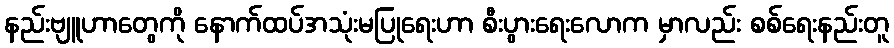
နည်းဗျူဟာတွေကို နောက်ထပ်အသုံးမပြုရေးဟာ စီးပွားရေးလောက မှာလည်း စစ်ရေးနည်းတူ